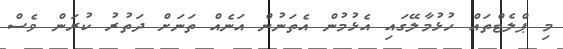
މި ޕްލެޓްތައް ހުޅުމާލޭގައި އެޅުމުން އެތަނުން އަނެއް ތަނަށް ދަތުރު ކުރަން ވެސް